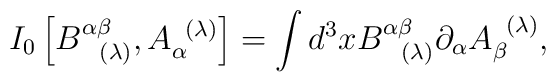
I_{0}\left[ B_{\;\;\;(\lambda )}^{\alpha \beta },A_{\alpha }^{\;\;(\lambda)}\right] =\int d^{3}xB_{\;\;\;(\lambda )}^{\alpha \beta }\partial _{\alpha}A_{\beta }^{\;\;(\lambda )},